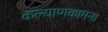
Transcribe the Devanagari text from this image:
कल्याणकामना